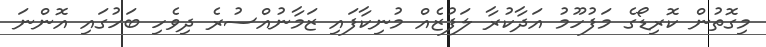
މިގޮތުން ކޮރިޑޯގެ މަފުހޫމު އަދާކުރާ ލަފުޒެއް މުނިކާފައި ޒަމާނުއްސުރެ ދިވެހި ބަހުގައި އޮންނަ